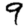
Digit: 9